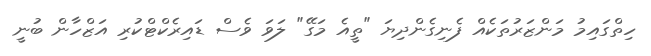
ހިތްގައިމު މަންޒަރުތަކެއް ފެނިގެންދިޔަ "ތީއެ މަގޭ" ލަވަ ވެސް ޑައިރެކްޓްކުރި އަޒްހާން ބުނީ